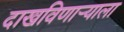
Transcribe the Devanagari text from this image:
दाखविणाऱ्याला